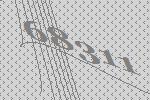
68311